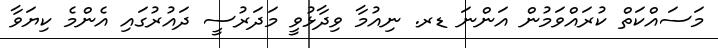
މަސައްކަތް ކުރައްވަމުން އަންނަ ޑރ. ނިއުމާ ވިދާޅުވީ މަދަރުސީ ދައުރުގައި އެންމެ ކިޔަވާ